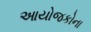
આયોજકોના